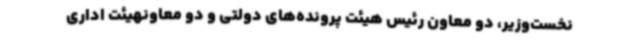
نخست‌وزیر، دو معاون رئیس هیئت پرونده‌های دولتی و دو معاونهیئت اداری